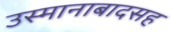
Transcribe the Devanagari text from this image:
उस्मानाबादसह